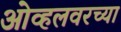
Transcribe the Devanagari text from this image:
ओव्हलवरच्या